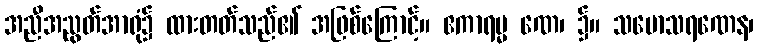
အညီအညွတ်အာရုံ၌ ထားတတ်သည်၏ အဖြစ်ကြောင့်။ ဧကာရမ္မ ဏေ၊ ၌။ သမောသရဏေန၊